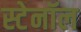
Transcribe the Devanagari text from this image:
स्टेनॉल